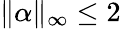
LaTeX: \| \alpha\| _{\infty}\leq 2